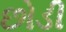
છોડી